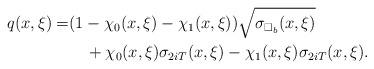
LaTeX: \begin{align*}q(x,\xi)=&(1-\chi_0(x,\xi)-\chi_1(x,\xi))\sqrt{\sigma_{\Box_b}(x,\xi)}\\&\quad+\chi_0(x,\xi)\sigma_{2iT}(x,\xi)-\chi_1(x,\xi)\sigma_{2iT}(x,\xi).\end{align*}